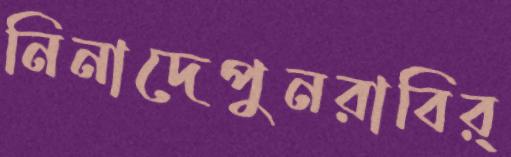
নিনাদেপুনরাবির্